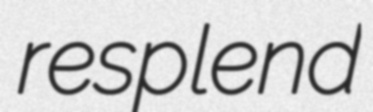
resplend